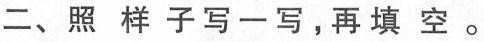
二、照样子写一写，再填空。